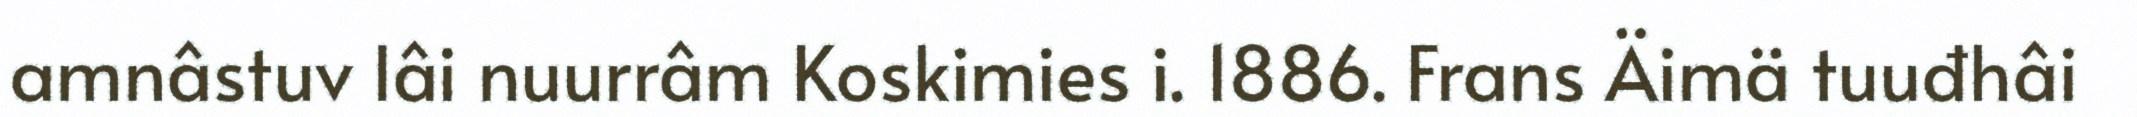
amnâstuv lâi nuurrâm Koskimies i. 1886. Frans Äimä tuuđhâi